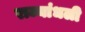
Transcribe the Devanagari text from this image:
राज्यांधली